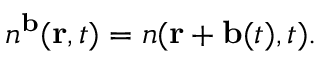
n ^ { \bf b } ( { \bf r } , t ) = n ( { \bf r } + { \bf b } ( t ) , t ) .